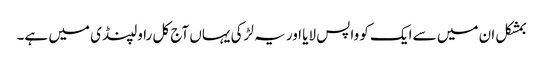
بمشکل ان میں سے ایک کو واپس لایا اور یہ لڑکی یہاں آج کل راولپنڈی میں ہے۔